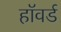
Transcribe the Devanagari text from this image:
हाॅवर्ड